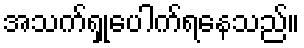
အသက်ရှုပေါက်ရနေသည်။